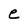
Character: e